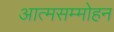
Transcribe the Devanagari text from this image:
आत्मसम्मोहन